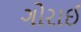
ગોરાઈ